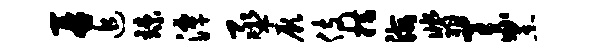
再追竦潭丞厥伎措海翡义黑